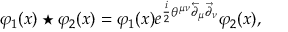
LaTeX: \varphi _ { 1 } ( x ) \star \varphi _ { 2 } ( x ) = \varphi _ { 1 } ( x ) e ^ { \frac { i } { 2 } \theta ^ { \mu \nu } \overleftarrow { \partial } _ { \mu } \overrightarrow { \partial } _ { \nu } } \varphi _ { 2 } ( x ) ,